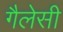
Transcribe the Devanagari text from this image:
गैलेसी